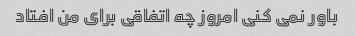
باور نمی کنی امروز چه اتفاقی برای من افتاد